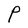
Character: P